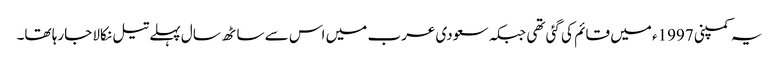
یہ کمپنی 1997ء میں قائم کی گئی تھی جبکہ سعودی عرب میں اس سے ساٹھ سال پہلے تیل نکالا جارہا تھا۔